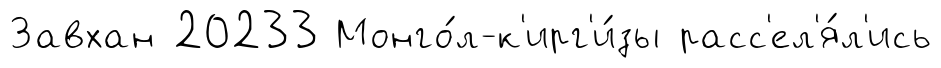
Завхан 20233 Монго́л-к'ирг'и́зы расс'ел'я́л'ись